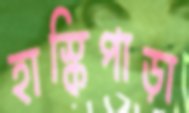
হাস্কিপাড়া